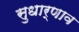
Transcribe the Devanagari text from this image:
सुधार्णाव